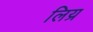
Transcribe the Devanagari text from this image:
लिय्र